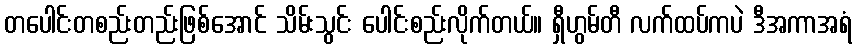
တပေါင်းတစည်းတည်းဖြစ်အောင် သိမ်းသွင်း ပေါင်းစည်းလိုက်တယ်။ ရှီဟွမ်တီ လက်ထပ်ကပဲ ဒီအကာအရံ